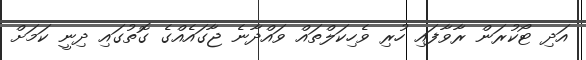
އަދި ޓޯކުރަން ރާވާފައި ހުރި ވެހިކަލްތައް ވައްދާނެ ޖާގައެއްގެ ގޮތުގައި ދިނީ ކަމަށް